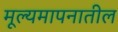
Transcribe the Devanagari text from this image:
मूल्यमापनातील